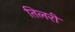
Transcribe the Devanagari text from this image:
तिलरी